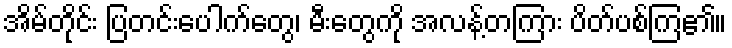
အိမ်တိုင်း ပြတင်းပေါက်တွေ၊ မီးတွေကို အလန့်တကြား ပိတ်ပစ်ကြ၏။